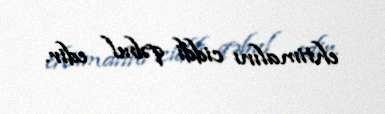
ehtimalını ciddi qəbul edir.